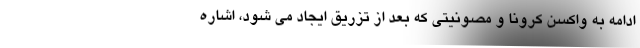
ادامه به واکسن کرونا و مصونیتی که بعد از تزریق ایجاد می شود، اشاره